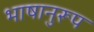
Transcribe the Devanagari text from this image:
भाषानुरूप